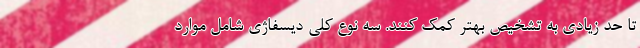
تا حد زیادی به تشخیص بهتر کمک کنند. سه نوع کلی دیسفاژی شامل موارد